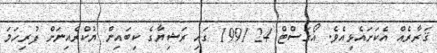
ޤަރާރެއް އެކަށައެޅިއެވެ. އޯގަސްޓް 24 1991 ގައި ރަޝިޔާގެ ކިބައިން ޔުކްރެއިނަށް ފުރިހަމަ